Lunatic asylums Punjab 1881-1894 - 1881-1894
Year: 1881
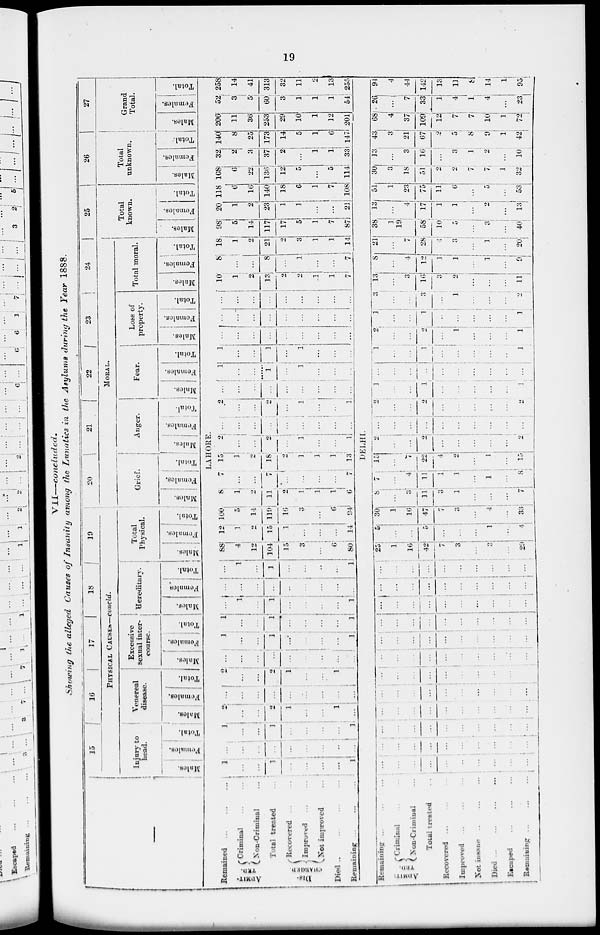
19
VII—concluded.
Showing the alleged Causes of Insanity among the Lunatics in the Asylums during the Year 1888.
—
15
16
17
18
19
PHYSICAL CAUSE.—concld.
Injury to
head.
Males.
Females.
Total.
Venereal
disease.
Males.
Females.
Total.
Excessive
sexual inter-
course.
Males.
Females.
Total.
Hereditary.
Males.
Females.
Total.
Total
Physical
Males.
Females.
Total.
20
21
22
23
24
MORAL.
Grief.
Males.
Females.
Total.
Anger.
Males.
Females.
Total.
Fear.
Males.
Females.
Total.
Loss of
property.
Males.
Females.
Total.
Total moral.
Males.
Females.
Total.
25
Total
known.
Males.
Females.
Total.
26
Total
unknown.
Males.
Females.
Total.
27
Grand
Total.
Males.
Females.
Total.
LAHORE.
Remained
...
...
...
ADMIT-
---.
Criminal
...
...
Non-Criminal ...
Total treated ...
DIS
CHARGED.
Recovered ... ...
Improved ... ...
Not improved ...
Died
...
...
...
Remaining ... ... ...
1
...
...
l
...
...
...
...
l
....
...
...
...
...
...
...
...
...
1
...
...
1
...
...
...
...
1
2
...
...
2
1
...
...
1
...
...
...
...
...
...
...
...
...
...
2
...
...
2
1
...
...
1
...
...
...
...
...
...
...
..
...
...
1
...
...
1
...
...
...
...
1
1
...
...
1
...
...
...
...
1
...
1
...
1
...
...
...
...
1
...
...
...
...
..
...
...
...
...
...
1
...
1
...
...
...
...
1
88
4
12
104
15
3
...
6
80
12
1
2
15
1
...
...
...
14
100
5
14
110
16
3
...
6
94
8
1
2
11
2
1
1
1
6
7
...
...
7
...
1
...
1
7
15
1
2
18
2
1
1
1
13
2
...
...
2
...
1
...
...
1
...
...
...
...
...
...
...
...
...
2
...
...
2
...
1
...
...
1
...
...
...
...
...
...
...
...
...
1
...
...
1
...
1
...
...
...
1
...
...
1
...
1
...
...
...
...
...
...
...
...
...
...
...
...
...
...
...
...
...
...
...
...
...
...
...
...
...
...
...
...
10
1
2
13
2
2
1
1
7
8
...
...
8
...
1
...
...
7
18
1
2
21
2
3
1
1
14
98
5
14
117
17
5
1
7
87
20
1
2
23
1
1
...
...
21
118
6
16
140
18
6
1
7
108
168
6
22
130
12
5
...
5
114
32
2
3
37
2
...
1
1
33
140
8
25
173
14
5
1
6
147
206
11
36
253
29
10
1
12
201
52
3
5
60
3
1
1
1
54
258
14
41
313
32
11
2
13
255
DELHI.
Remaining ... ... ...
ADMIT-
TED.
Criminal ... ...
Non-Criminal ...
Total treated ... ... ...
Recovered ... ... ...
Improved
...
...
...
Not insane ... ... ...
Died
...
...
...
Escaped
...
...
...
Remaining
...
...
...
...
...
...
...
...
...
...
...
...
...
...
...
...
...
...
...
...
...
...
...
...
...
...
...
...
...
...
....
...
...
...
...
...
...
...
...
...
...
...
...
...
...
...
...
...
...
...
...
...
...
...
...
....
...
...
...
...
...
...
...
...
...
...
...
...
...
...
...
...
...
...
...
...
...
...
...
...
...
...
...
...
...
...
...
...
...
...
...
...
...
...
...
...
...
...
...
...
...
...
...
...
...
...
...
...
...
...
...
...
...
...
...
...
...
...
...
...
...
25
1
16
42
7
3
...
3
...
29
5
...
...
5
...
...
...
1
...
4
30
1
16
47
7
3
...
4
...
33
8
...
3
11
3
1
...
...
...
7
7
...
4
11 1
l
...
l
...
8
15
...
7
22
4
2
...
1
...
15
2
...
...
2
...
...
...
...
2
...
...
...
...
...
...
...
...
...
...
2
...
...
2
...
...
...
...
...
2
1
...
...
1
...
...
...
...
...
1
...
...
...
...
...
...
...
...
...
...
1
...
...
1
...
...
...
...
...
1
2
...
...
2
...
1
...
...
...
1
1
...
...
1
...
...
...
...
...
1
3
...
...
3
...
1
....
...
...
2
13
...
3
16
3
2
...
...
...
11
8
...
4
12
1
1
...
1
...
9
21
...
7
28
4
3
...
1
...
20
38
1
19
58
10
5
...
3
...
40
13
...
4
17
1
1
...
2
...
13
51
1
23
75
11
6
...
5
...
53
30
3
18
51
2
2
7
7
1
32
13
...
3
16
...
3
1
2
...
10
43
3
21
67
2
5
8
9
1
42
68
4
37
109
12
7
7
10
1
72
26
...
7
33
1
4
1
4
...
23
94
4
44
142
13
11
8
14
1
95